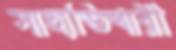
সাহাভিখারী